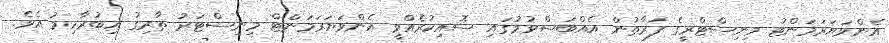
އެންވަޔަރަމަންޓު މިނިސްޓްރީގެ ފަރާތުން އެއްބަސްވުމުގައި ސޮއިކުރެއްވީ އެންވަޔަރަމަންޓް މިނިސްޓަރު ތާރިގު އިބުރާހިމު އެވެ.